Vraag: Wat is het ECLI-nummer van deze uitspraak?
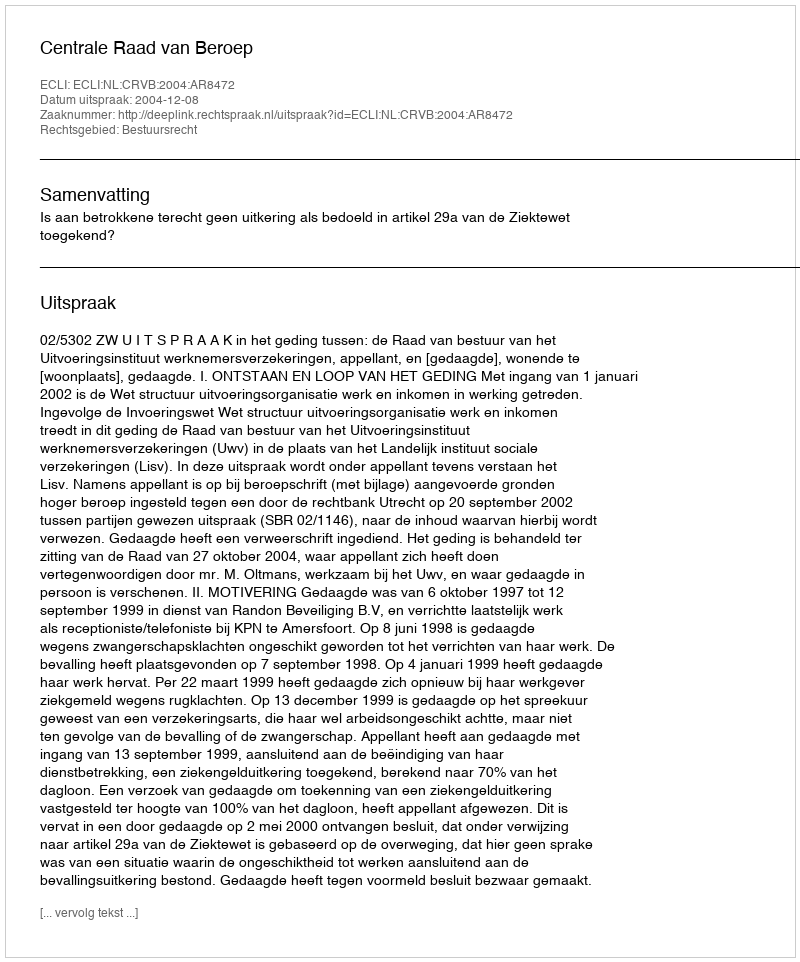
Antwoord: ECLI:NL:CRVB:2004:AR8472